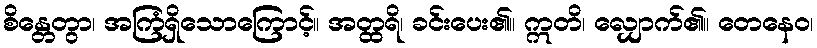
စိန္တေတွာ၊ အကြံရှိသောကြောင့်။ အတ္ထရိ၊ ခင်းပေး၏။ ဣတိ၊ လျှောက်၏။ တေနေဝ၊